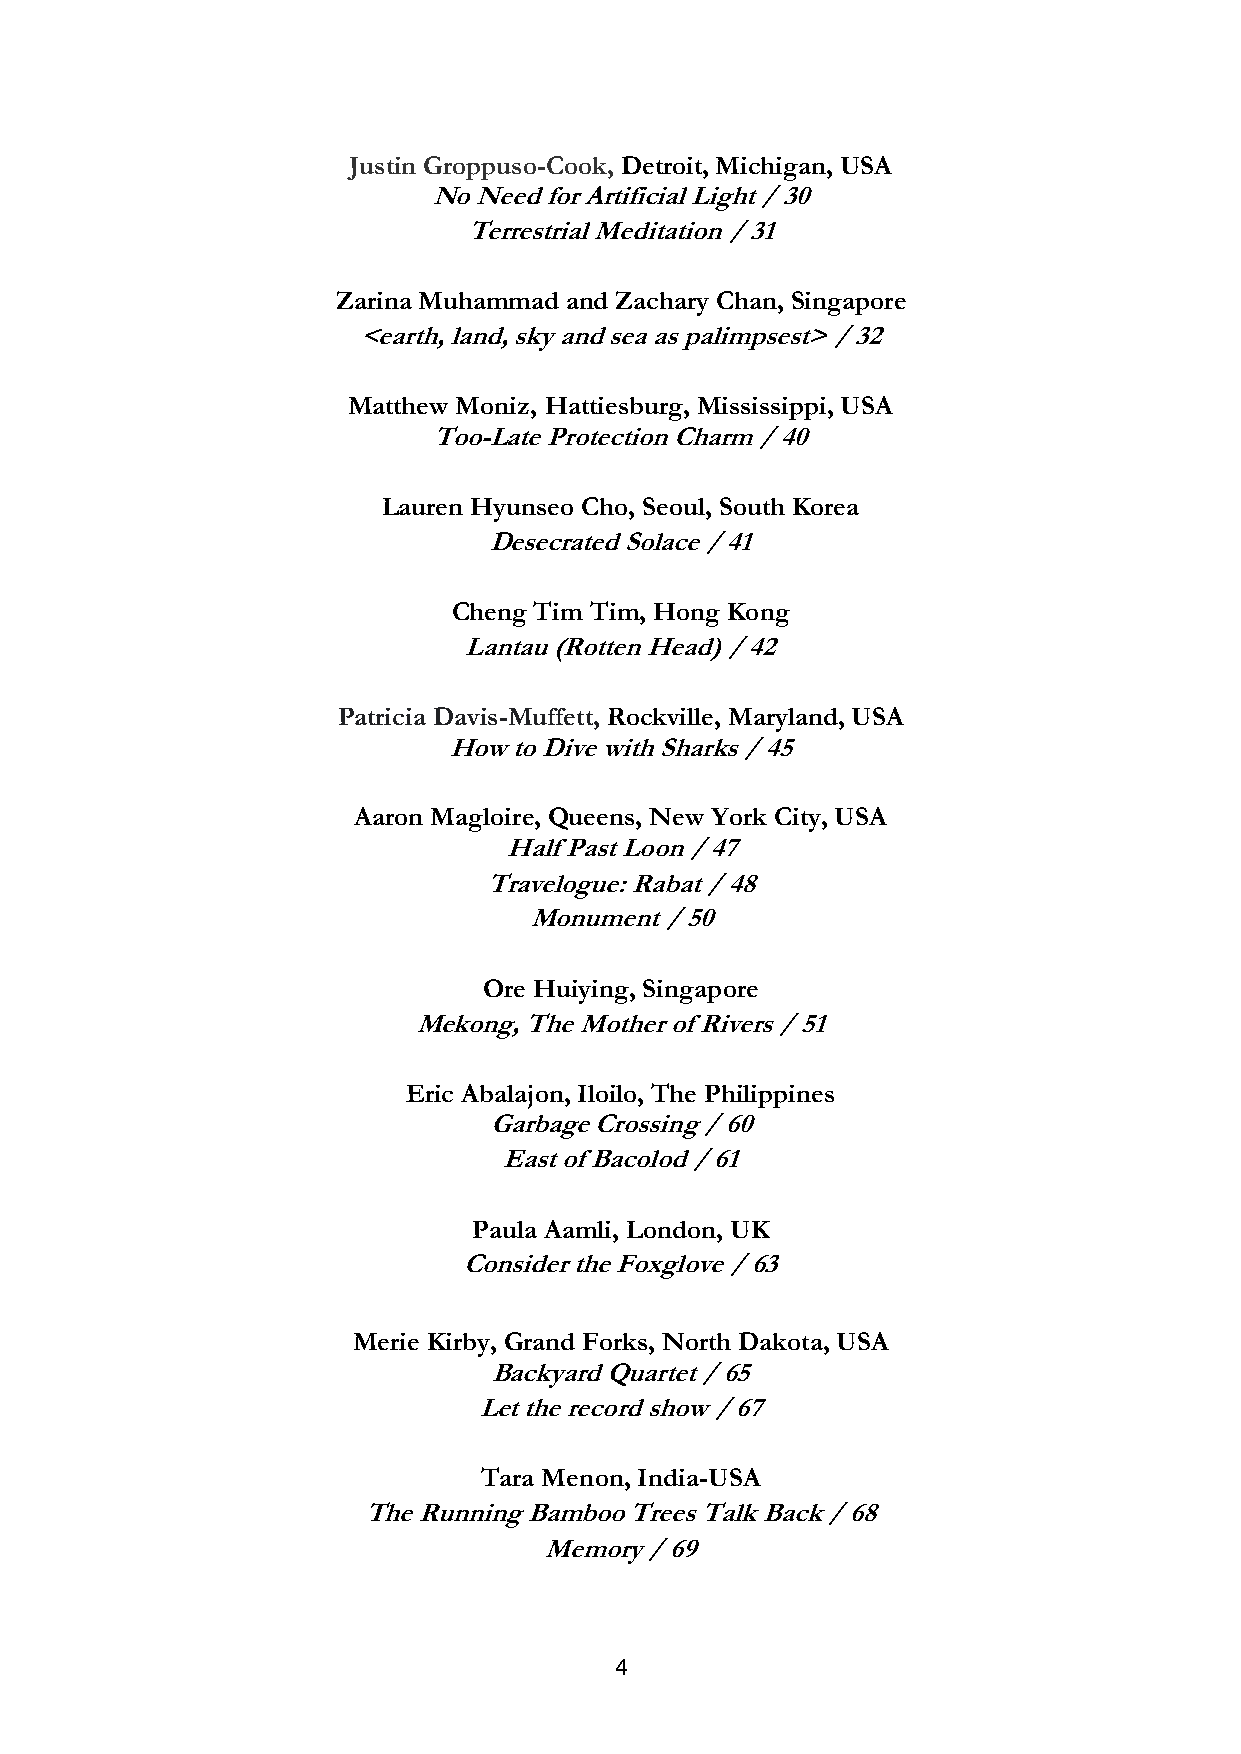
Justin Groppuso-Cook, Detroit, Michigan, USA
 No Need for Artificial Light / 30
 Terrestrial Meditation / 31
 Zarina Muhammad and Zachary Chan, Singapore
 <earth, land, sky and sea as palimpsest> / 32
 Matthew Moniz, Hattiesburg, Mississippi, USA
 Too-Late Protection Charm / 40
 Lauren Hyunseo Cho, Seoul, South Korea
 Desecrated Solace / 41
 Cheng Tim Tim, Hong Kong
 Lantau (Rotten Head) / 42
 Patricia Davis-Muffett, Rockville, Maryland, USA
 How to Dive with Sharks / 45
 Aaron Magloire, Queens, New York City, USA
 Half Past Loon / 47
 Travelogue: Rabat / 48
 Monument / 50
 Ore Huiying, Singapore
 Mekong, The Mother of Rivers / 51
 Eric Abalajon, Iloilo, The Philippines
 Garbage Crossing / 60
 East of Bacolod / 61
 Paula Aamli, London, UK
 Consider the Foxglove / 63
 Merie Kirby, Grand Forks, North Dakota, USA
 Backyard Quartet / 65
 Let the record show / 67
 Tara Menon, India-USA
 The Running Bamboo Trees Talk Back / 68
 Memory / 69
 4